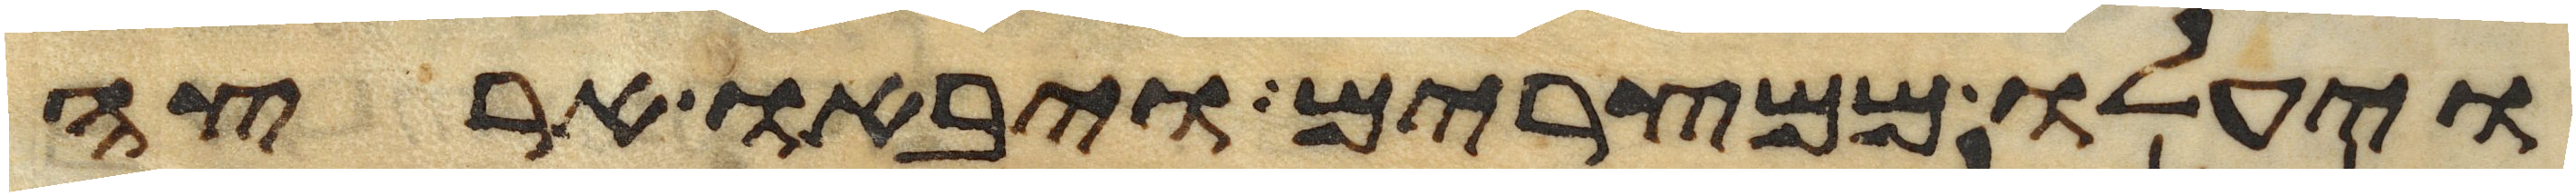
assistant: ויעלו ממצרים ויבאו ארצה